Vaccination United Provinces of Agra and Oudh 1923-1928 - 1923-1928
Year: 1923
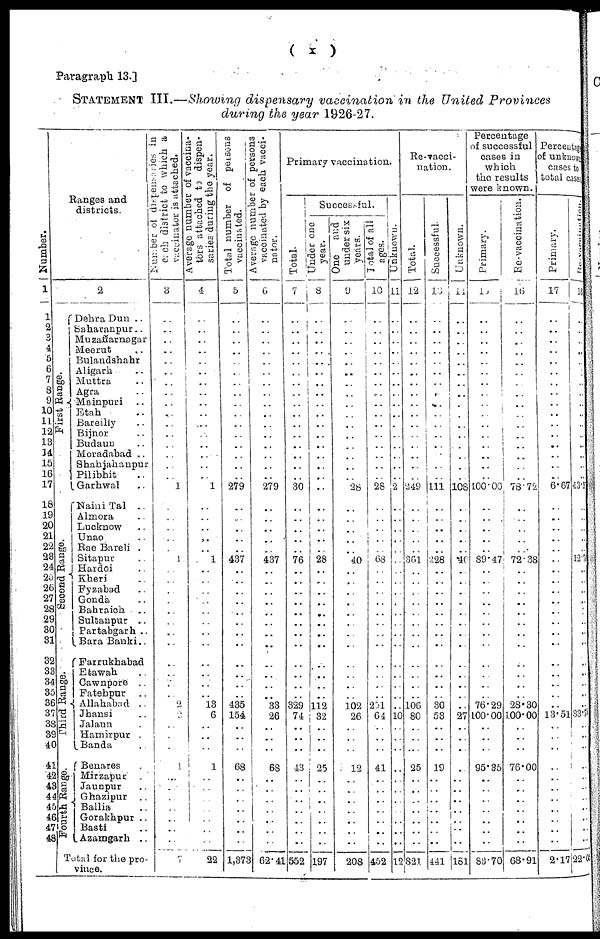
Paragraph 13.]
( x )
STATEMENT III.—Showing dispensary vaccination in the United Provinces
during the year 1926-27.
Number.
1
1
2
3
4
5
6
7
8
9
10
11 12
13
14
15
16
17
18
19
20
21
22
23
24
25
26
27
28
29
30 31
32
33
34
35
36
37
38
39
40
41
42
43
44
45
46
47
48
Ranges and
districts.
2
First Range.
Second Range.
Third Range.
Fourth Range.
Dehra Dun ..
Saharanpur..
Muzaffarnagar
Meerut ..
Bulandshahr
Aligarh ..
Muttra ..
Agra ..
Mainpuri ..
Etah ..
Bareilly ..
Bijnor ..
Budaun ..
Moradabad ..
Shahjahanpur
Pilibhit ..
Garhwal ..
Naini Tal ..
Almora ..
Lucknow ..
Unao ..
Rae Bareli ..
Sitapur ..
Hardoi ..
Kheri ..
Fyzabad ..
Gonda ..
Bahraich ..
Sultanpur ..
Partabgarh ..
Bara Banki ..
Farrukhabad
Etawah ..
Cawnpore ..
Fatehpur ..
Allahabad ..
Jhansi ..
Jalaun ..
Hamirpur ..
Banda ..
Benares ..
Mirzapur ..
Jaunpur ..
Ghazipur ..
Ballia ..
Gorakhpur ..
Basti ..
Azamgarh ..
Total for the pro-
vince.
Number of dispensaries in
each district to which a
vaccinator is attached.
3
..
..
..
..
..
..
..
..
..
..
..
..
..
..
..
..
1
..
..
..
..
..
1
..
..
..
..
..
..
..
..
..
..
..
..
2
..
..
..
..
1
..
..
..
..
..
..
..
7
Average number of vaccina¬
tors attached to dispen-
saries during the year.
4
..
..
..
..
..
..
..
..
..
..
..
..
..
..
..
..
1
..
..
..
..
..
1
..
..
..
..
..
..
..
..
..
..
..
..
13
6
..
..
..
1
..
..
..
..
..
..
..
22
Total number of persons
vaccinated.
5
..
..
..
..
..
..
..
..
..
..
..
..
..
..
..
..
279
..
..
..
..
..
437
..
..
..
..
..
..
..
..
..
..
..
..
435
154
..
..
..
68
..
..
..
..
..
..
..
1,373
Average number of persons
vaccinated by each vacci¬
nator.
6
..
..
..
..
..
..
..
..
..
..
..
..
..
..
..
..
279
..
..
..
..
..
437
..
..
..
..
..
..
..
..
..
..
..
..
33
26
..
..
..
68
..
..
..
..
..
..
..
62.41
Primary vaccination.
Total.
7
..
..
.. ..
..
..
..
..
..
..
..
..
..
..
..
..
30
..
..
..
..
..
76
..
..
..
..
..
..
..
..
..
..
..
..
329
74
..
..
..
43
..
..
..
..
..
..
..
552
Successful.
Under one
year.
8
..
..
..
..
..
..
..
..
..
..
..
..
..
..
..
..
..
..
..
..
..
..
28
..
..
..
..
..
..
..
..
..
..
..
..
112
32
..
..
..
25
..
..
..
..
..
..
..
197
One
and
under six
years.
9
..
..
..
..
..
..
..
..
..
..
..
..
..
..
..
..
28
..
..
..
..
..
40
..
..
..
..
..
..
..
..
..
..
..
..
102
26
..
..
..
12
..
..
..
..
..
..
..
208
Total of all
ages.
10
..
..
..
..
..
..
..
..
..
..
..
..
..
..
..
..
28
..
..
..
..
..
68
..
..
..
..
..
..
..
..
..
..
..
..
251
64
..
..
..
41
..
..
..
..
..
..
..
452
Unknown.
11
..
..
..
..
..
..
..
..
..
..
..
..
..
..
..
..
2
..
..
..
..
..
..
..
..
..
..
..
..
..
..
..
..
..
..
..
10
..
..
..
..
..
..
..
..
..
..
..
12
Re-vacci¬
nation.
Total.
12
..
..
..
..
..
..
..
..
..
..
..
..
..
..
..
..
249
..
..
..
..
..
361
..
..
..
..
..
..
..
..
..
..
..
..
106
80
..
..
..
25
..
..
..
..
..
..
..
821
Successful.
13
..
..
..
..
..
..
..
..
..
..
..
..
..
..
..
..
111
..
..
..
..
..
228
..
..
..
..
..
..
..
..
..
..
..
..
30
53
..
..
..
19
..
..
..
..
..
..
..
441
Unknown.
14
..
..
..
..
..
..
..
..
..
..
..
..
..
..
..
..
108
..
..
..
..
..
46
..
..
..
..
..
..
..
..
..
..
..
..
..
27
..
..
..
..
..
..
..
..
..
..
..
181
Percentage
of successful
cases in
which
the results
were known.
Primary.
15
..
..
..
..
..
..
..
..
..
..
..
..
..
..
..
..
100.00
..
..
..
..
..
89.47
..
..
..
..
..
..
..
..
..
..
..
..
76.29
100.00
..
..
..
95.35
..
..
..
..
..
..
..
83.70
Re-vaccination.
16
..
..
..
..
..
..
..
..
..
..
..
..
..
..
..
..
78.72
..
..
..
..
..
72.38
..
..
..
..
..
..
..
..
..
..
..
..
28.30
100.00
..
..
..
76.00
..
..
..
..
..
..
..
68.91
Percentage
of unknown
cases to
total cases
Primary.
17
..
..
..
..
..
..
..
..
..
..
..
..
..
..
..
..
6.67
..
..
..
..
..
..
..
..
..
..
..
..
..
..
..
..
..
..
..
13.51
..
..
..
..
..
..
..
..
..
..
..
2.17
Re-vaccination.
18
..
..
..
..
..
..
..
..
..
..
..
..
..
..
..
..
43.3
..
..
..
..
..
12.7
..
..
..
..
..
..
..
..
..
..
..
..
..
33.74
..
..
..
..
..
..
..
..
..
..
..
22